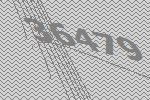
36479